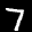
Label: 7